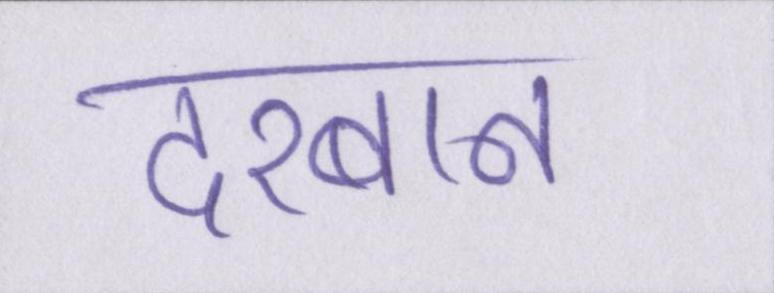
दरबान